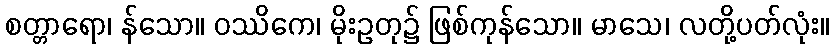
စတ္တာရော၊ န်သော။ ဝဿိကေ၊ မိုးဥတု၌ ဖြစ်ကုန်သော။ မာသေ၊ လတို့ပတ်လုံး။